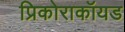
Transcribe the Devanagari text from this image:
प्रिकोराकॉयड